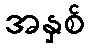
အနှစ်